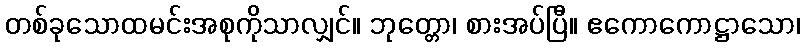
တစ်ခုသောထမင်းအစုကိုသာလျှင်။ ဘုတ္တော၊ စားအပ်ပြီ။ ဧကောကောဋ္ဌာသော၊